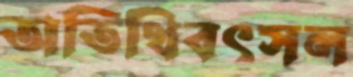
অতিথিবৎসল